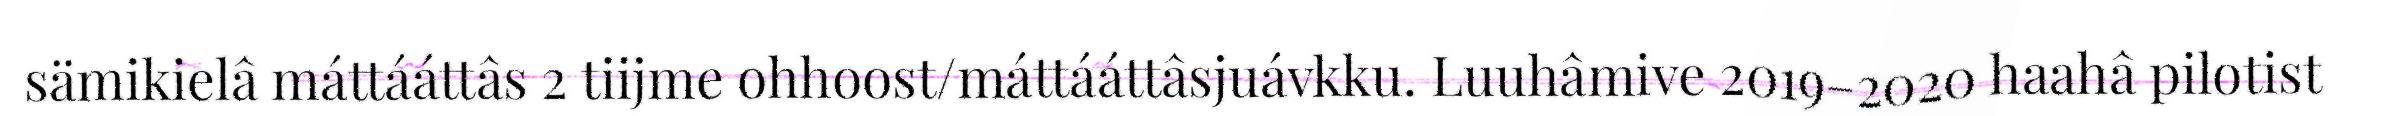
sämikielâ máttááttâs 2 tiijme ohhoost/máttááttâsjuávkku. Luuhâmive 2019–2020 haahâ pilotist